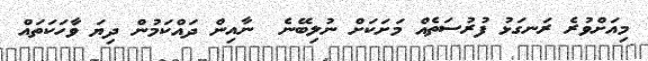
މިއަށްވުރެ ރަނގަޅު ފުރުސަތެއް މަށަކަށް ނުލިބޭނެ  ނާއިން ދައްކަމުން ދިޔަ ވާހަކަތައް